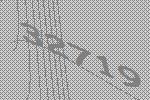
32719